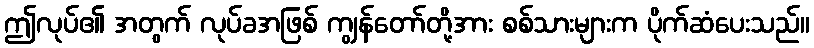
ဤလုပ်၏ အတွက် လုပ်ခအဖြစ် ကျွန်တော်တို့အား စစ်သားများက ပိုက်ဆံပေးသည်။